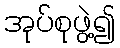
အုပ်စုဖွဲ့၍